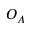
O _ { A }